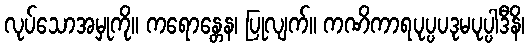
လုပ်သောအမှုကို။ ကရောန္တေန၊ ပြုလျက်။ ကဏိကာရပုပ္ပပဒုမပုပ္ပါဒီနိ၊